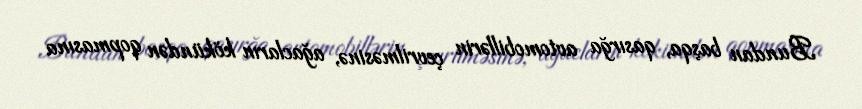
Bundan başqa, qasırğa avtomobillərin çevrilməsinə, ağacların kökündən qopmasına